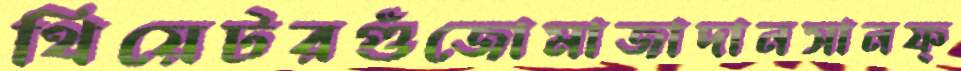
থিয়েটরগুঁজোমাজাদানসানফ্